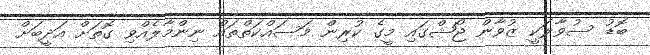
ބޮޑު ސުވާލަކީ ޒުވާން ޖޯޝްގައި މީގެ ކުރިން މަސައްކަތްތައް ނިންމާލެއްވި ގޮތަށް އަދީބަށް